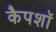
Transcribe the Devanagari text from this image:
कैपशॉ